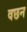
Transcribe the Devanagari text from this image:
वछन